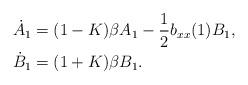
LaTeX: \begin{align*}\dot{A}_{1} &=(1-K)\beta A_{1}-\frac{1}{2}b_{xx}(1)B_{1},\\\dot{B}_{1} &=(1+K)\beta B_{1}.\end{align*}